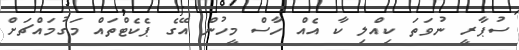
ސުޕާރީ ނުވަތަ ކިއްލި ކާ އެއް ހާސް މީހުން އޭގެ ޕެކެޓްތައް މަގުމައްޗަށް